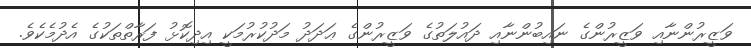
ވަޒީރުންނާއި ވަޒީރުންގެ ނައިބުންނާއި ދައުލަތުގެ ވަޒީރުންގެ ޢަދަދު މަދުކުރުމަކީ އިދިކޮޅު ފަރާތްތަކުގެ އެދުމެކެވެ.